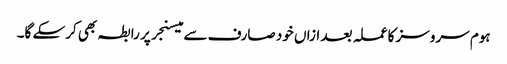
ہوم سروسز کا عملہ بعد ازاں خود صارف سے میسنجر پر رابطہ بھی کرسکے گا۔